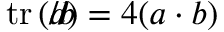
\operatorname { t r } \left( { a \! \! \! / } { b \! \! \! / } \right) = 4 ( a \cdot b )